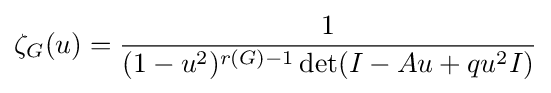
\zeta _{G}(u)={\frac {1}{(1-u^{2})^{r(G)-1}\det(I-Au+qu^{2}I)}}